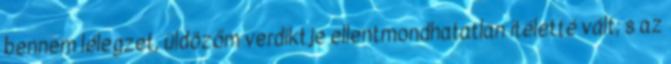
bennem lélegzet, üldözőm verdiktje ellentmondhatatlan ítéletté vált; s az